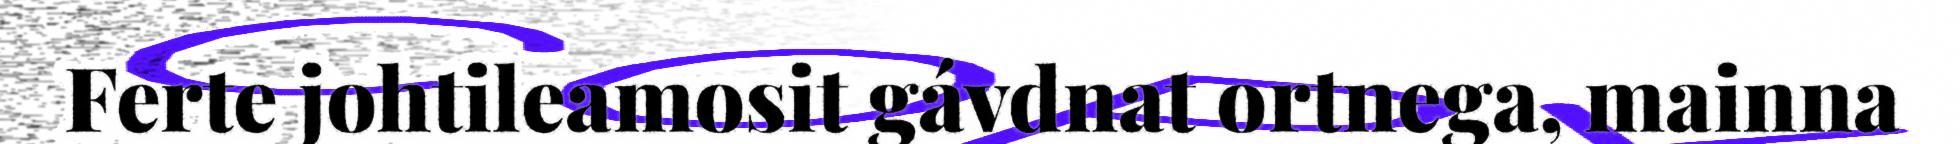
Ferte johtileamosit gávdnat ortnega, mainna